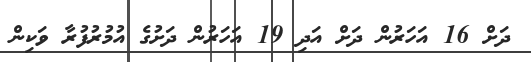
ދަށް 16 އަހަރުން ދަށް އަދި 19 އަހަރުން ދަށުގެ އުމުރުފުރާ ވަކިން